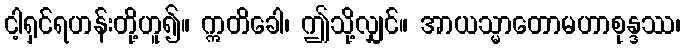
ငါ့ရှင်ရဟန်းတို့ဟူ၍။ ဣတိခေါ၊ ဤသို့လျှင်။ အာယသ္မာတောမဟာစုန္ဒဿ၊